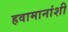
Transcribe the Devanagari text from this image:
हवामानांशी